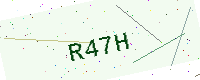
Text: R47H